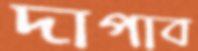
দাপাব